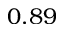
0 . 8 9